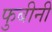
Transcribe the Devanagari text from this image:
फुबीनी